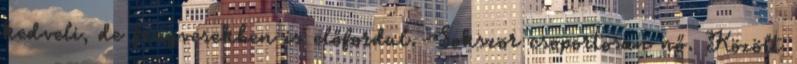
kedveli, de fenyvesekben is előfordul. Sokszor csoportosan nő. Közölt